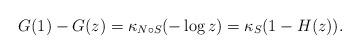
LaTeX: \begin{align*} G(1) - G(z) = \kappa_{N\circ S}(-\log z) = \kappa_S(1-H(z)).\end{align*}